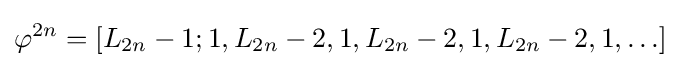
\varphi ^{2n}=[L_{2n}-1;1,L_{2n}-2,1,L_{2n}-2,1,L_{2n}-2,1,\ldots ]